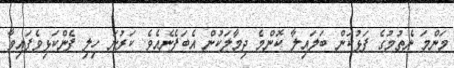
މަންމަ ނެތުމުގެ ފަޅުކަން ބަލައިލާ ކޮންމެ ދިމާލަކުން އެބަފެނެއެވެ. ކަރުނަ ހިލި ފެންކަޅިވެފައިވާ